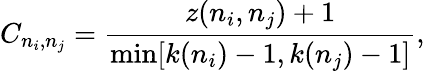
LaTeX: C_{n_{i},n_{j}}=\frac{z(n_{i},n_{j})+1}{\operatorname*{min}[k(n_{i})-1,k(n_{j})-1]},